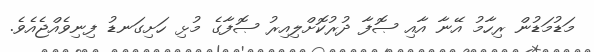
މަޑުމަޑުން ރިހާމު އޭނާ އާއި ޞޮފާ ދުރުކޮށްލިއިރު ޞޮފާގެ މުޅި ހަށިގަނޑު ފިނިވެއްޖެއެވެ.